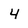
Character: 4